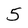
Character: 5